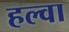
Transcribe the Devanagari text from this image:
हल्वा